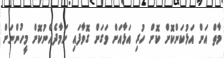
މާތް އަށް އަޅުކަންކޮށް ކޮށް ހުރި އަޅާއަށް ވަގަށް ގޮވާފައި ނަމާދެއްނުކޮށް މީހުންނަށް